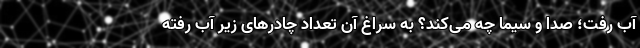
آب رفت؛ صدا و سیما چه می‌کند؟ به سراغ آن تعداد چادرهای زیر آب رفته